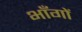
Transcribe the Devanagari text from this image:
भाँगों